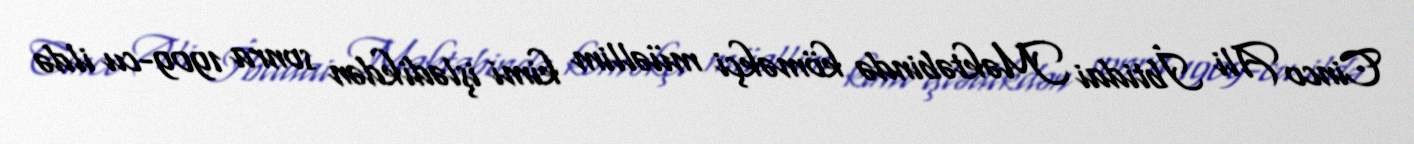
Cinco Ali İbtidai Məktəbində köməkçi müəllim kimi işlədikdən sonra 1909-cu ildə